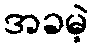
အခမဲ့